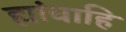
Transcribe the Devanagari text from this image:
ह्यांचाहि